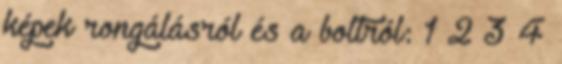
képek rongálásról és a boltról: 1 2 3 4